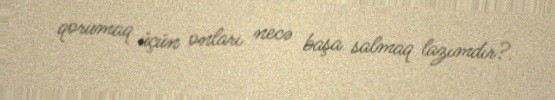
qorumaq üçün onları necə başa salmaq lazımdır?.